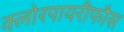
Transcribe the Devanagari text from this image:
क्लोरपायरीफौस